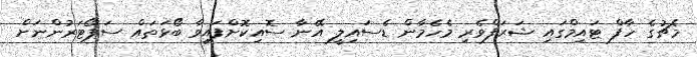
މެޗުގެ ހާފް ޓައިމްގައި ޝަރަފްވެރި މެހެމާން ޑެސައިލީ އޭނާ ސޮއިކޮށްފައިވާ ބޯޅަތައް ސަޕޯޓަރުންނަށް